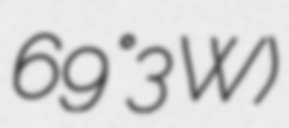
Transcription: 69°3′W)